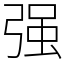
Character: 强